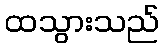
ထသွားသည်